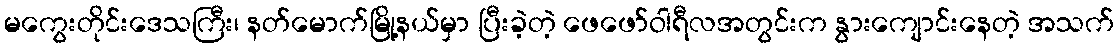
မကွေးတိုင်းဒေသကြီး၊ နတ်မောက်မြို့နယ်မှာ ပြီးခဲ့တဲ့ ဖေဖော်ဝါရီလအတွင်းက နွားကျောင်းနေတဲ့ အသက်